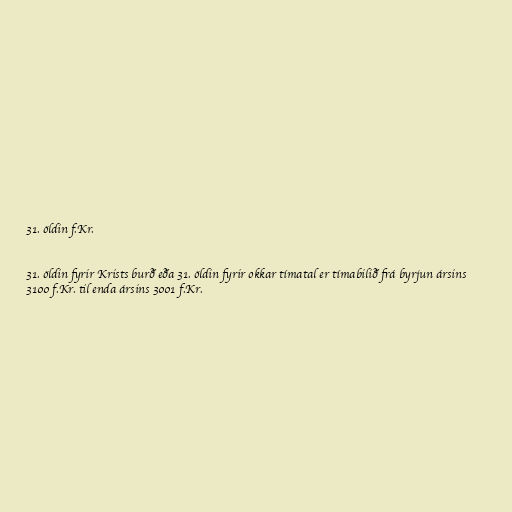
31. öldin f.Kr.

31. öldin fyrir Krists burð eða 31. öldin fyrir okkar tímatal er tímabilið frá byrjun ársins
3100 f.Kr. til enda ársins 3001 f.Kr.